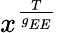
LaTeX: x^{\frac{T}{g_{EE}}}